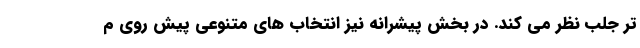
تر جلب نظر می کند. در بخش پیشرانه نیز انتخاب های متنوعی پیش روی م